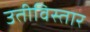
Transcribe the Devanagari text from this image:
उतीविस्तार